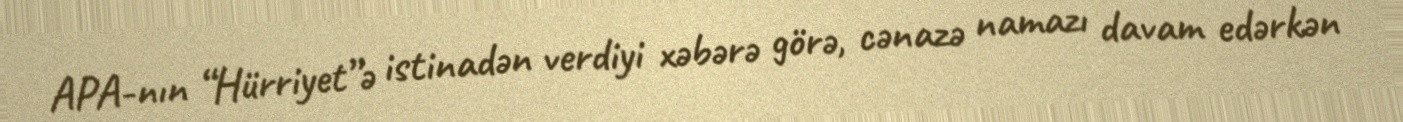
APA-nın “Hürriyet”ə istinadən verdiyi xəbərə görə, cənazə namazı davam edərkən